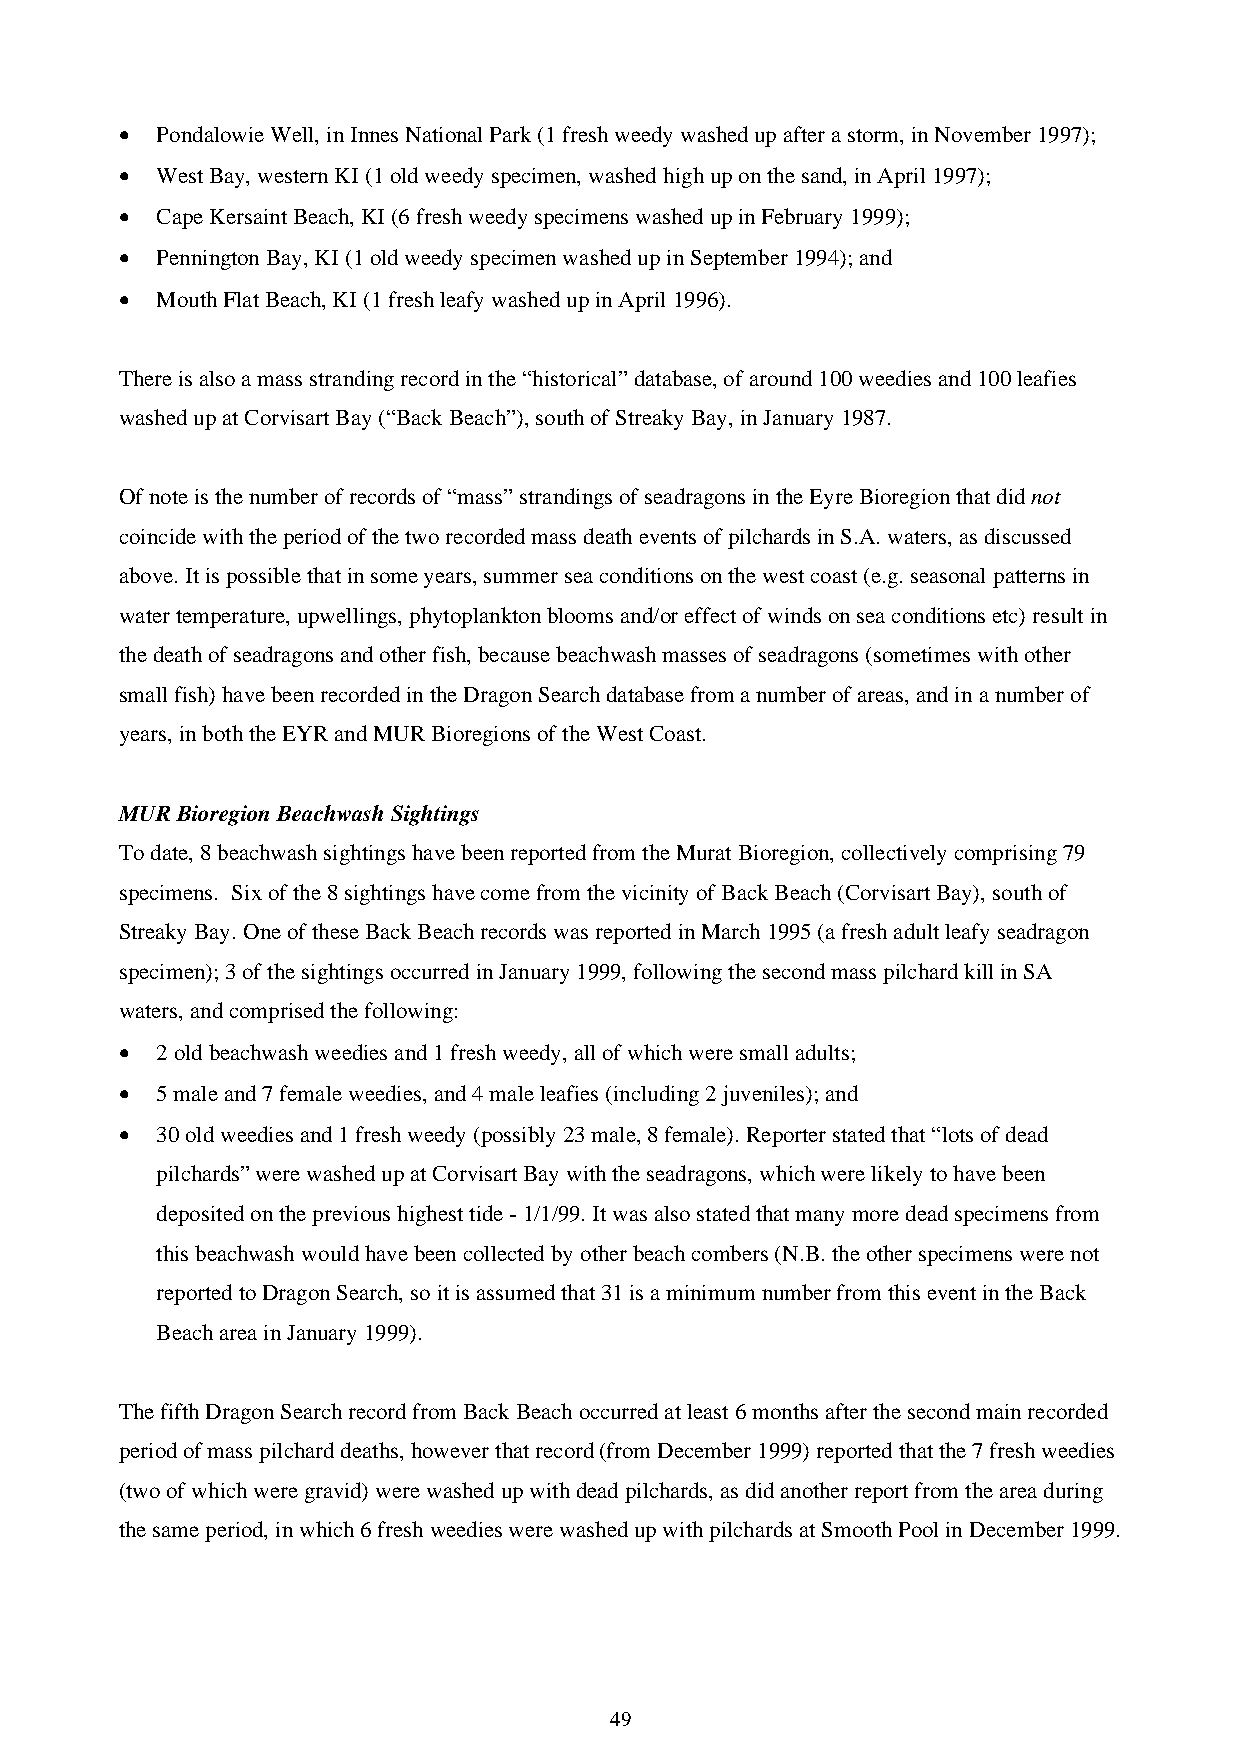
• Pondalowie Well, in Innes National Park (1 fresh weedy washed up after a storm, in November 1997);
 • West Bay, western KI (1 old weedy specimen, washed high up on the sand, in April 1997);
 • Cape Kersaint Beach, KI (6 fresh weedy specimens washed up in February 1999);
 • Pennington Bay, KI (1 old weedy specimen washed up in September 1994); and
 • Mouth Flat Beach, KI (1 fresh leafy washed up in April 1996).
 There is also a mass stranding record in the “historical” database, of around 100 weedies and 100 leafies
 washed up at Corvisart Bay (“Back Beach”), south of Streaky Bay, in January 1987.
 Of note is the number of records of “mass” strandings of seadragons in the Eyre Bioregion that did not
 coincide with the period of the two recorded mass death events of pilchards in S.A. waters, as discussed
 above. It is possible that in some years, summer sea conditions on the west coast (e.g. seasonal patterns in
 water temperature, upwellings, phytoplankton blooms and/or effect of winds on sea conditions etc) result in
 the death of seadragons and other fish, because beachwash masses of seadragons (sometimes with other
 small fish) have been recorded in the Dragon Search database from a number of areas, and in a number of
 years, in both the EYR and MUR Bioregions of the West Coast.
 MUR Bioregion Beachwash Sightings
 To date, 8 beachwash sightings have been reported from the Murat Bioregion, collectively comprising 79
 specimens. Six of the 8 sightings have come from the vicinity of Back Beach (Corvisart Bay), south of
 Streaky Bay. One of these Back Beach records was reported in March 1995 (a fresh adult leafy seadragon
 specimen); 3 of the sightings occurred in January 1999, following the second mass pilchard kill in SA
 waters, and comprised the following:
 • 2 old beachwash weedies and 1 fresh weedy, all of which were small adults;
 • 5 male and 7 female weedies, and 4 male leafies (including 2 juveniles); and
 • 30 old weedies and 1 fresh weedy (possibly 23 male, 8 female). Reporter stated that “lots of dead
 pilchards” were washed up at Corvisart Bay with the seadragons, which were likely to have been
 deposited on the previous highest tide - 1/1/99. It was also stated that many more dead specimens from
 this beachwash would have been collected by other beach combers (N.B. the other specimens were not
 reported to Dragon Search, so it is assumed that 31 is a minimum number from this event in the Back
 Beach area in January 1999).
 The fifth Dragon Search record from Back Beach occurred at least 6 months after the second main recorded
 period of mass pilchard deaths, however that record (from December 1999) reported that the 7 fresh weedies
 (two of which were gravid) were washed up with dead pilchards, as did another report from the area during
 the same period, in which 6 fresh weedies were washed up with pilchards at Smooth Pool in December 1999.
 49